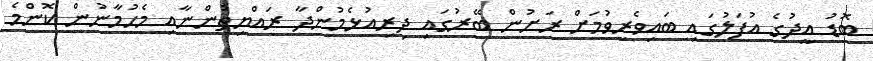
ބޮޑު އީދުގެ އުފަލުގައި ބައިވެރިވުމަށް ރަށުން ބޭރުގައި ދިރިއުޅެމުންދާ ރައްޔިތުންނާއި މެހުމާނުން ކޮންމެ